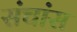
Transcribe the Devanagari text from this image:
संचांस